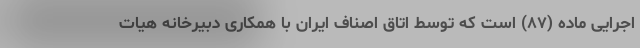
اجرایی ماده (۸۷) است که توسط اتاق اصناف ایران با همکاری دبیرخانه هیات